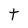
Character: t